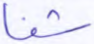
شفا